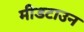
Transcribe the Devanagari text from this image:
मीडटाउन